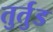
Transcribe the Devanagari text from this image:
तुर्तुड